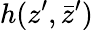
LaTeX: h(z^{\prime},\bar{z}^{\prime})